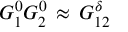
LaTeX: G _ { 1 } ^ { 0 } G _ { 2 } ^ { 0 } \, \approx \, G _ { 1 2 } ^ { \delta }